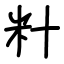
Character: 籵